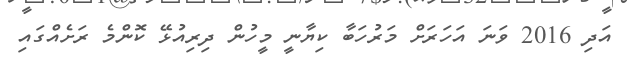
އަދި 2016 ވަނަ އަހަރަށް މަރުހަބާ ކިޔާނީ މީހުން ދިރިއުޅޭ ކޮންމެ ރަށެއްގައި